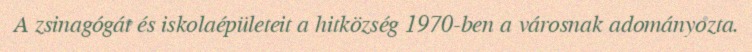
A zsinagógát és iskolaépületeit a hitközség 1970-ben a városnak adományozta.